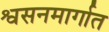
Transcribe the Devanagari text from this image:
श्वसनमार्गात